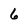
Character: 6